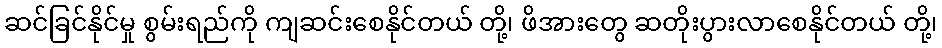
ဆင်ခြင်နိုင်မှု စွမ်းရည်ကို ကျဆင်းစေနိုင်တယ် တို့၊ ဖိအားတွေ ဆတိုးပွားလာစေနိုင်တယ် တို့၊